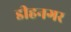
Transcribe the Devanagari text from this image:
डीहनगर